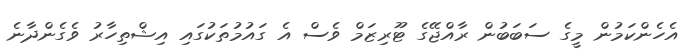
އެހެންކަމުން މީގެ ސަބަބުން ރާއްޖޭގެ ޓޫރިޒަމް ވެސް އެ ގައުމުތަކުގައި އިޝްތިހާރު ވެގެންދާނެ